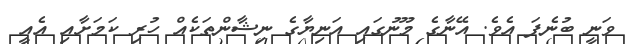
ވަނީ ބުނެފަ އެވެ. އޭނާގެ މޫނުގައި އަނިޔާގެ ނިޝާންތަކެއް ހުރި ކަމަށާއި އެއީ